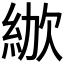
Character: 𣣜